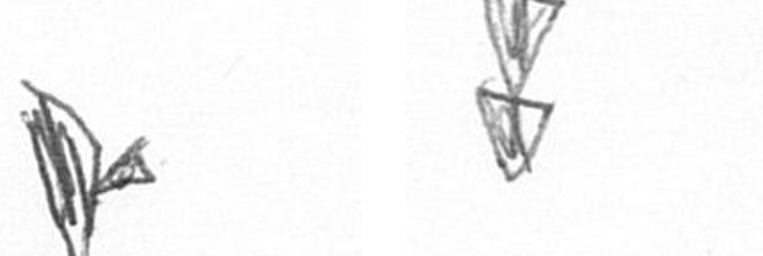
F Z